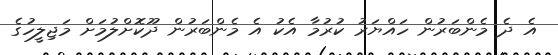
އެ ދެ މެންބަރުން ހައްޔަރު ކުރުމާ އެކު އެ މެންބަރުން ދޫކޮށްލުމަށް މަޖިލީހުގެ